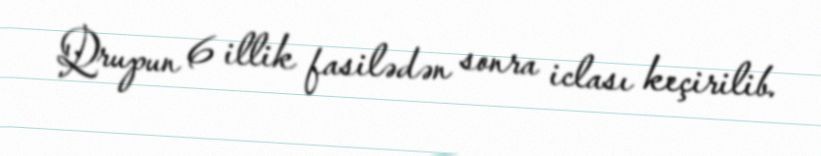
Qrupun 6 illik fasilədən sonra iclası keçirilib.